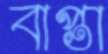
বাপ্তা